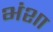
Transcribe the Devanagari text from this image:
भंशा